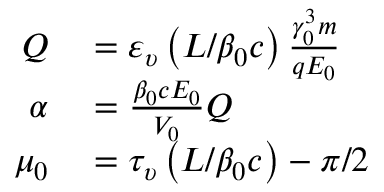
\begin{array} { r l } { Q } & { { } = \varepsilon _ { \upsilon } \left( L / \beta _ { 0 } c \right) \frac { \gamma _ { 0 } ^ { 3 } m } { q E _ { 0 } } } \\ { \alpha } & { { } = \frac { \beta _ { 0 } c E _ { 0 } } { V _ { 0 } } Q } \\ { \mu _ { 0 } } & { { } = \tau _ { \upsilon } \left( L / \beta _ { 0 } c \right) - \pi / 2 } \end{array}